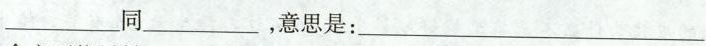
___同___，意思是：___